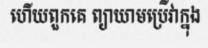
ហើយពួកគេ ព្យាយាមប្រើវាក្នុង